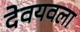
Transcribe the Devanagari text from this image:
देवयवला